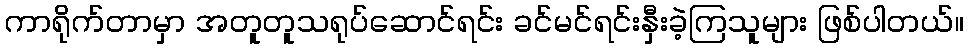
ကာရိုက်တာမှာ အတူတူသရုပ်ဆောင်ရင်း ခင်မင်ရင်းနှီးခဲ့ကြသူများ ဖြစ်ပါတယ်။